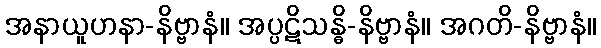
အနာယူဟနာ-နိဗ္ဗာနံ။ အပ္ပဋိသန္ဓိ-နိဗ္ဗာနံ။ အဂတိ-နိဗ္ဗာနံ။